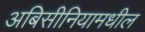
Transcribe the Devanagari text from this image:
अबिसीनियामधील